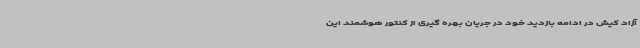
آزاد کیش در ادامه بازدید خود در جریان بهره گیری از کنتور هوشمند این